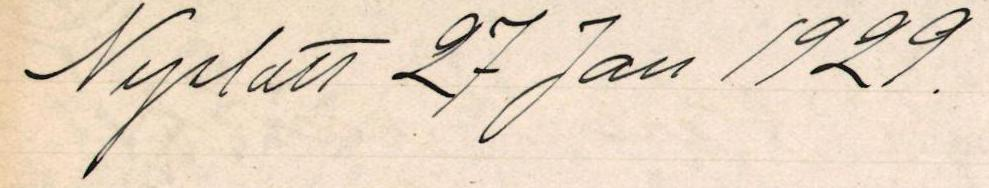
Nyslatt 27 Jan 1929.